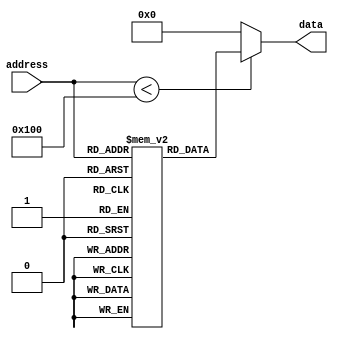
module ROM (
    input wire [address_width-1:0] address,
    output reg [data_width-1:0] data
);

parameter address_width = 8; // Number of memory locations
parameter data_width = 8; // Number of bits per data value

reg [data_width-1:0] memory [0:2**address_width-1];

initial begin
    // Initialize memory with data values
    memory[0] = 8'b00000001;
    memory[1] = 8'b00000010;
    // Add more data values here if needed
end

always @* begin
    // Read data value from memory based on address input
    if (address < 2**address_width)
        data = memory[address];
    else
        data = 8'b00000000; // Return 0 if address is out of bounds
end

endmodule